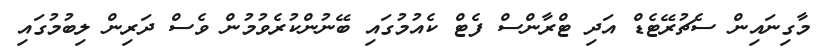
މާގިނައިން ސެޗުރޭޓެޑް އަދި ޓްރާންސް ފެޓް ކެއުމުގައި ބޭނުންކުރެވުމުން ވެސް ދަރިން ލިބުމުގައި